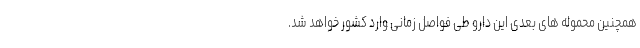
همچنین محموله های بعدی این دارو طی فواصل زمانی وارد کشور خواهد شد.